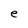
Character: e